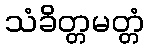
သံခိတ္တမတ္တံ